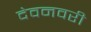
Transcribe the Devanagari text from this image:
देवनवरी